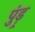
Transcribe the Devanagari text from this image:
पुंड़्र